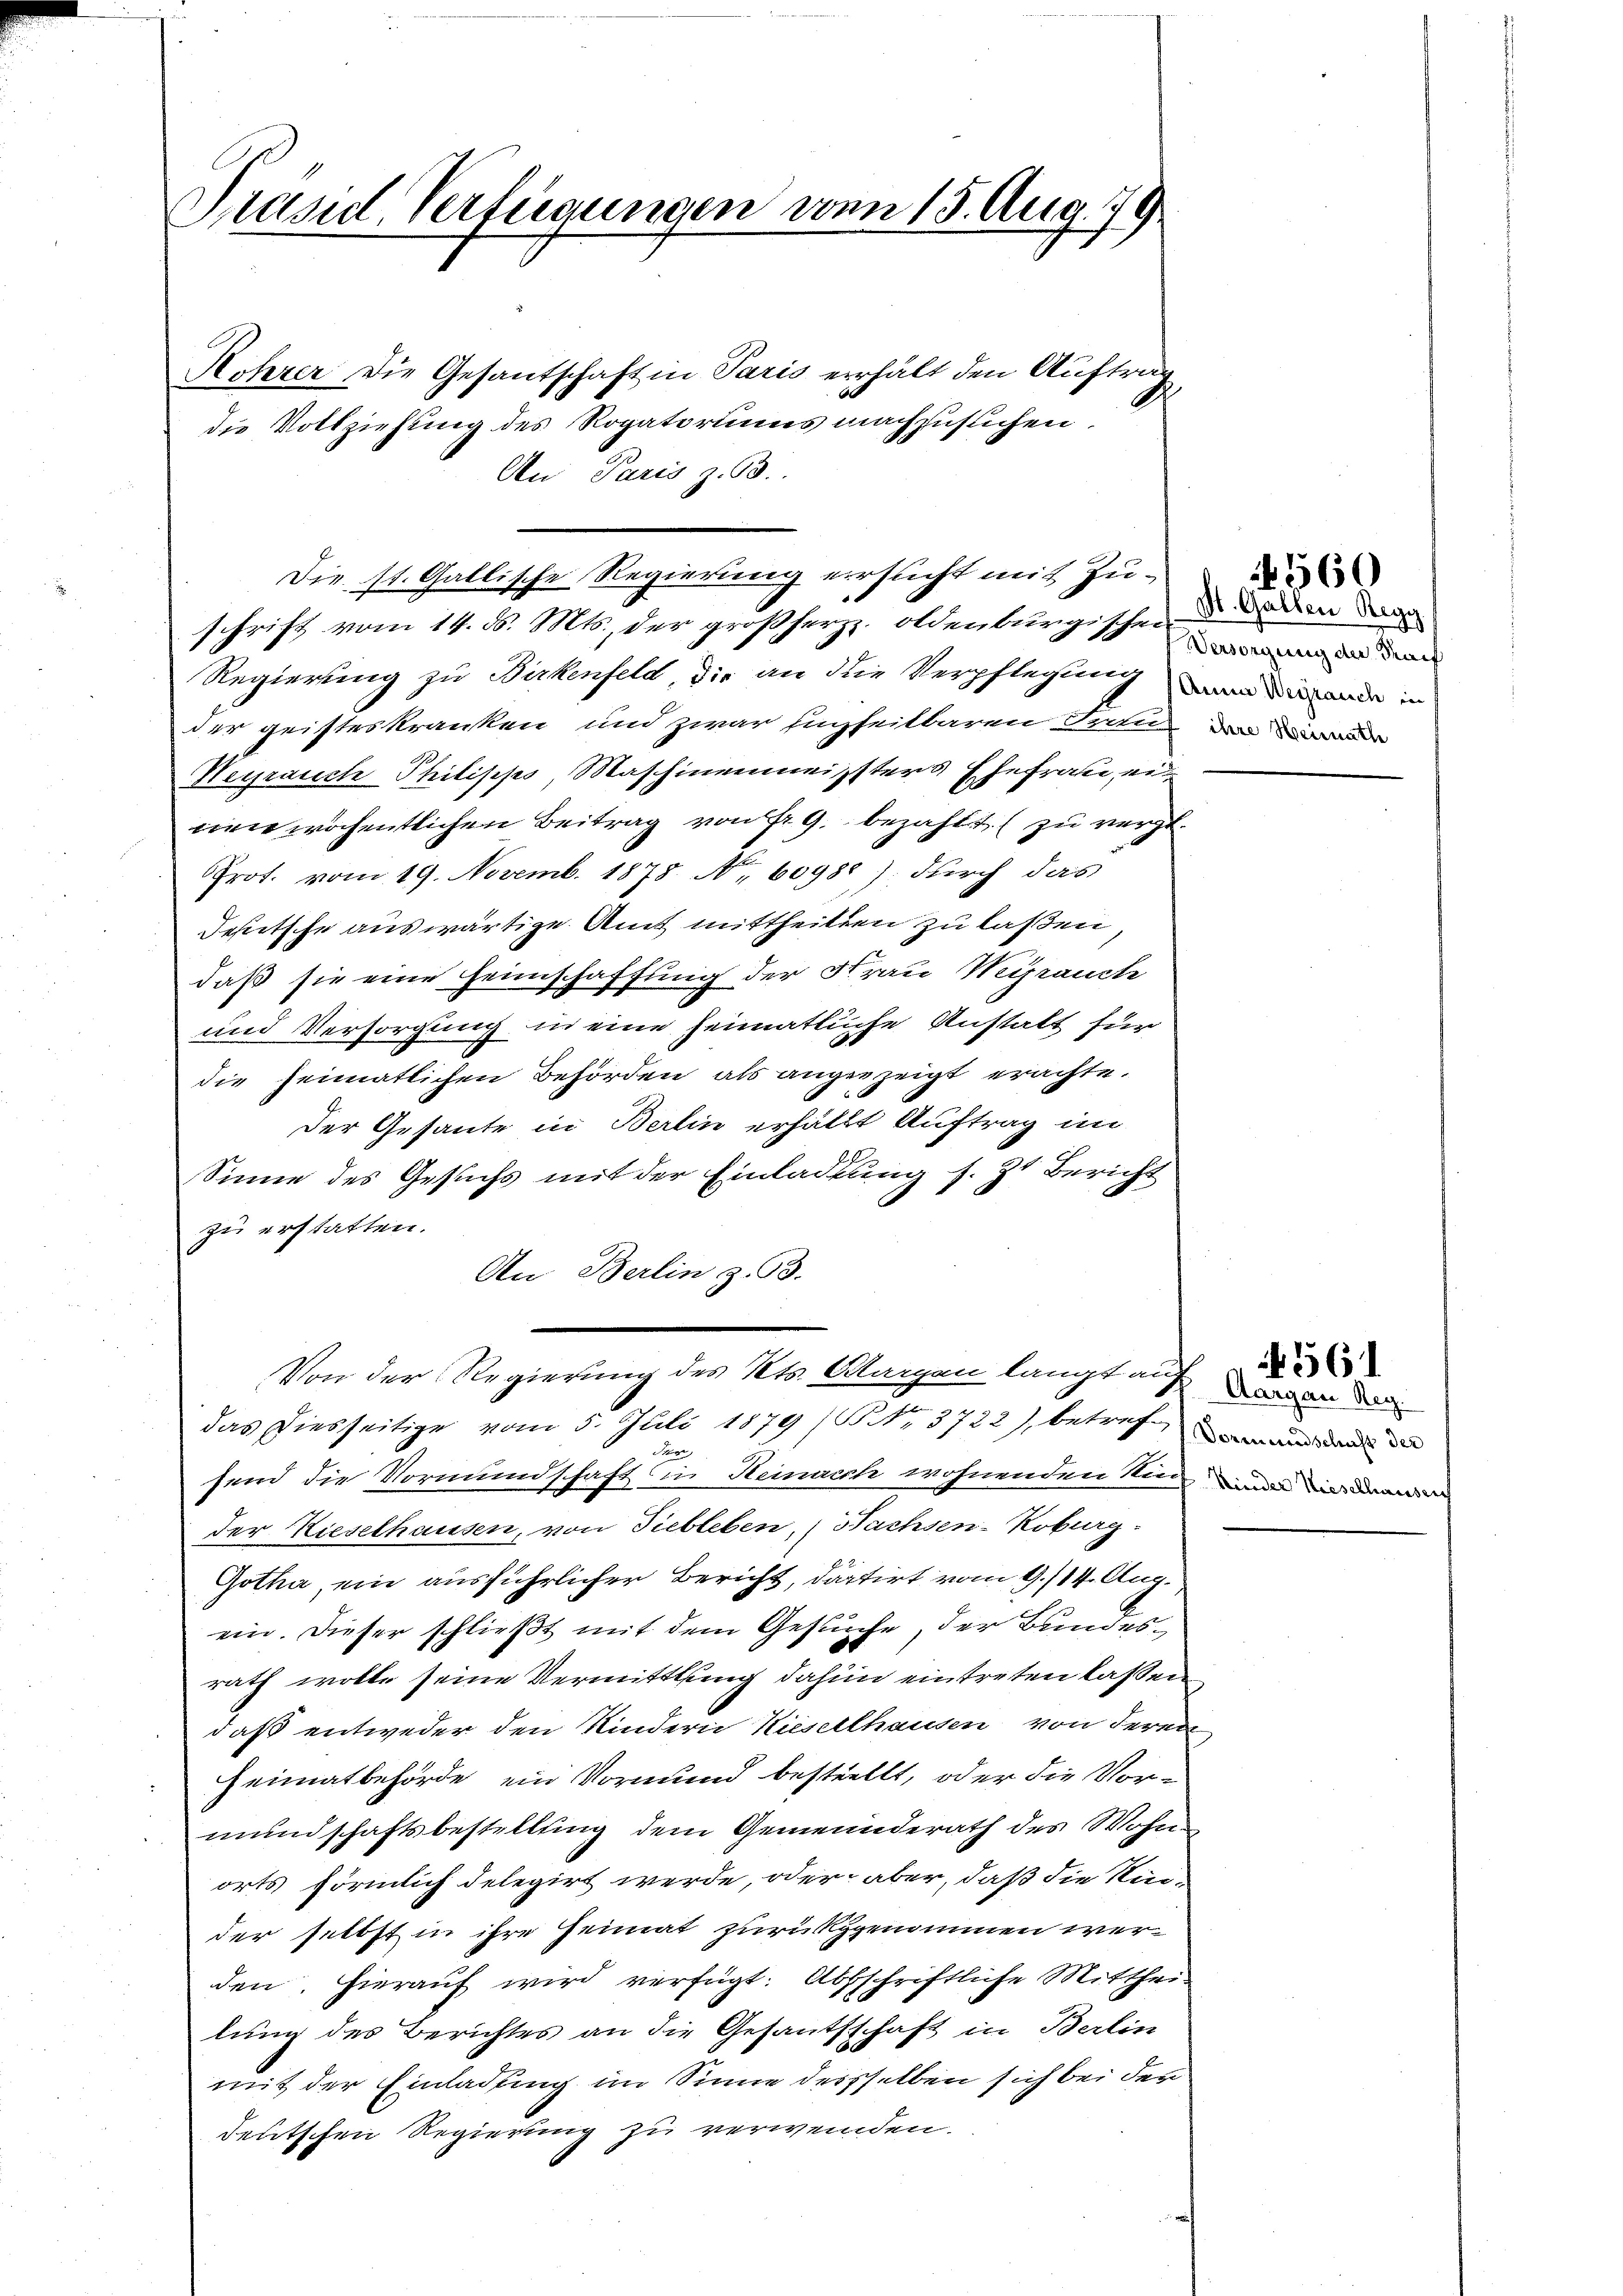
Sasul Verfügungen vom 15. Aug. 79.

Rohrer die Gesantschaft in Paris erhält den Auftrag
d
die Vollziehung des Rogatoriums nachzusuchen.
An Paris z. 93.
schrift vom 14. d. Mts., der großherz. oldenburgischen
Regierung zu Birkenfeld, die an die Verpflegung war ande in
der geisteskranken und zwar euzheitbaren Frau Dire
Heyrauch Philipps, Maschinenmeisters Ehefrau eiwen wöchentlichen Beitrag von Fr. 9. bezahlt zu vergl.
Prof. vom 19. Novemb. 1878. No. 60988) durch das
deetsche auswärtige Amt mittheilten zu laßen,
daß sie eine Heimschaffung der Frau Werrauch
und Versorgung in eine heimatliche Anstalt für
die heimatlichen Behörden als angezeigt erachte.
Der Gesante in Berlin erhältt Auftrag im
Sinne des Gesuchs mit der Einladung s. Zt. Bericht
zu erstatten.
An Berlin z. 93.
Von der Regierung des Kts. Morgen langt auf darvon den
das Diesseitige vom 5. Juli 1879 (NNo. 3722), betref
Ser
send die Vormundschaft in Heinach wohnenden Kind a
der Kieselhausen, von Tiebleben, (Nachsen-Koburg.
Gotha, ein ausführlicher Bericht, dartirt vom 9./14. Aug.
ein. Dieser schließt mit dem Gesuche, der Bundesrath wolle seine Vermittlung dahin eintreten lassen,
daß entweder den Kindern Kiesellhausen von deren
Heimatbehörde ein Vormund bestellt, oder die Vor-
mundschaftsbestellung dem Gemeinderath des Wohnorts förmlich delegirt werde, oder aber, daß die Nie-
der selbst in ihre Heimat zurückggenommen werden. Hierauf wird verfügt: Abschriftliche Mitthei-
lung des Berichtes an die Gesandtschaft in Berlin
mit der Einladung im Sinne dersselben sich bei der
deutschen Regierung zu verwenden.

Die st. Gallische Regierung ersucht mit Zu¬

St. Gallen Regy
Versorgung der Tarif

560

561